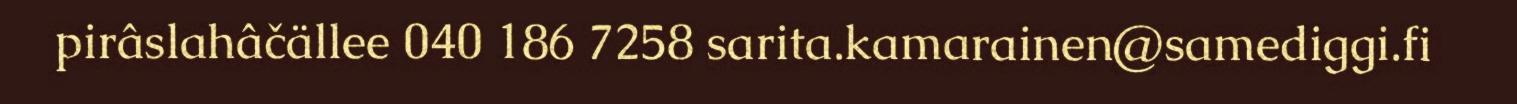
pirâslahâčällee 040 186 7258 sarita.kamarainen@samediggi.fi